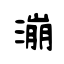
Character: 漰